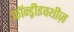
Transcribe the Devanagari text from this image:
कॉन्ड्रीइक्थीज़